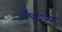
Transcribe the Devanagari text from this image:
वैश्योपकार